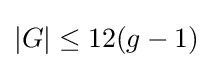
|G|\leq 12(g-1)